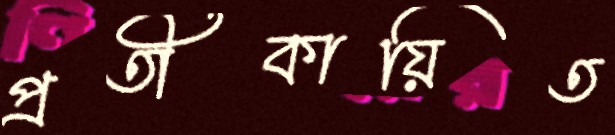
প্রতীকায়িত